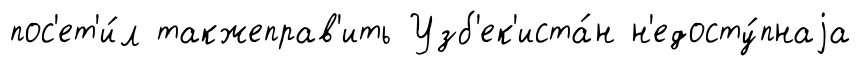
пос'ет'и́л такжеправ'ить Узб'ек'иста́н н'едосту́пнаjа